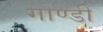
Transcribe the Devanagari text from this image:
गोण्डी